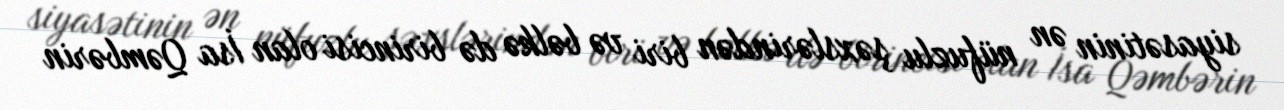
siyasətinin ən nüfuzlu şəxslərindən biri və bəlkə də birincisi olan İsa Qəmbərin